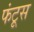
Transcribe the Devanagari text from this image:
फंटूस